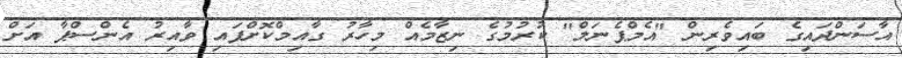
އާސަންދައިގެ ބައިވެރިން "އެމްޕެނަލް" ކުރުމުގެ ނިޒާމެއް މިހާރު ގާއިމްކޮށްފައި ވާއިރު އެންސްޕާ އަށް